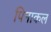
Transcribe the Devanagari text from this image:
पिनाकल